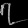
Digit: ၇